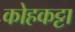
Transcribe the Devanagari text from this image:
कोहकट्टा